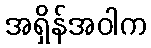
အရှိန်အဝါက